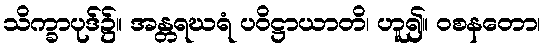
သိက္ခာပုဒ်၌။ အန္တရဃရံ ပဝိဋ္ဌာယာတိ၊ ဟူ၍။ ဝစနတော၊